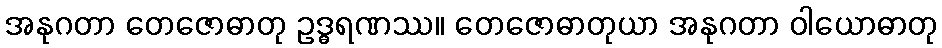
အနုဂတာ တေဇောဓာတု ဥဒ္ဓရဏဿ။ တေဇောဓာတုယာ အနုဂတာ ဝါယောဓာတု